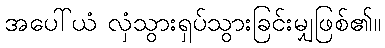
အပေါ်ယံ လှံသွားရှပ်သွားခြင်းမျှဖြစ်၏။